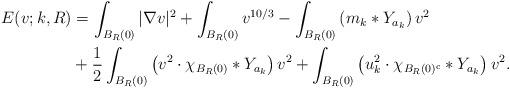
LaTeX: \begin{align*}E(v;k,R) &= \int_{B_{R}(0)} |\nabla v|^{2} + \int_{B_{R}(0)} v^{10/3} - \int_{B_{R}(0)} \left( m_{k} * Y_{a_{k}} \right) v^{2} \bigg. \\& + \frac{1}{2} \int_{B_{R}(0)} \left( v^{2} \cdot \chi_{B_{R}(0)} * Y_{a_{k}} \right) v^{2} + \int_{B_{R}(0)} \left( u_{k}^{2} \cdot \chi_{B_{R}(0)^{\rm c}} * Y_{a_{k}} \right) v^{2}. \end{align*}